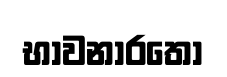
භාවනාරතෝ